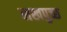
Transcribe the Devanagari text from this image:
नखपुच्छ